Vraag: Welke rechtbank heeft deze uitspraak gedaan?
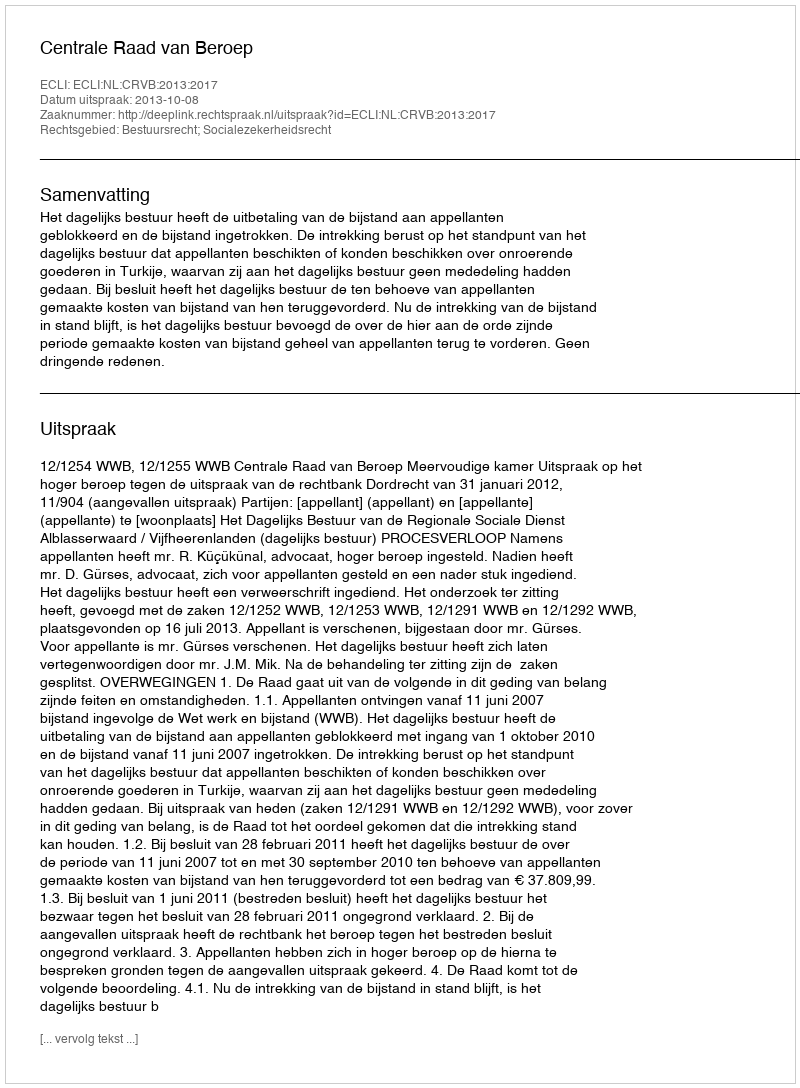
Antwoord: Centrale Raad van Beroep